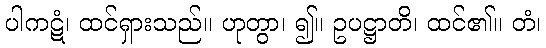
ပါကဋံ၊ ထင်ရှားသည်။ ဟုတွာ၊ ၍။ ဥပဋ္ဌာတိ၊ ထင်၏။ တံ၊